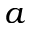
a